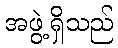
အဖွဲ့ရှိသည်